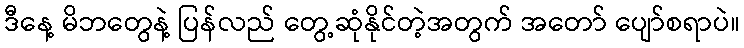
ဒီနေ့ မိဘတွေနဲ့ ပြန်လည် တွေ့ဆုံနိုင်တဲ့အတွက် အတော် ပျော်စရာပဲ။